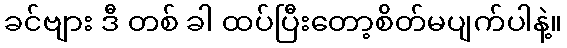
ခင်ဗျား ဒီ တစ် ခါ ထပ်ပြီးတော့စိတ်မပျက်ပါနဲ့။